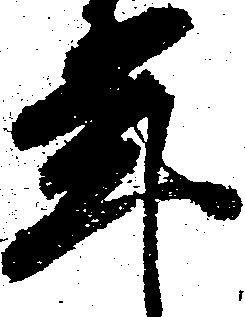
年